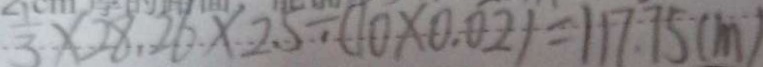
\frac { 1 } { 3 } \times 2 8 . 2 6 \times 2 . 5 \div ( 1 0 \times 0 . 0 2 ) = 1 1 7 . 7 5 ( m )